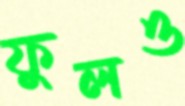
ফুলও